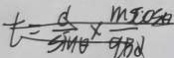
t = \frac { d } { \sin \theta } \times \frac { m \cos \theta } { q B d }